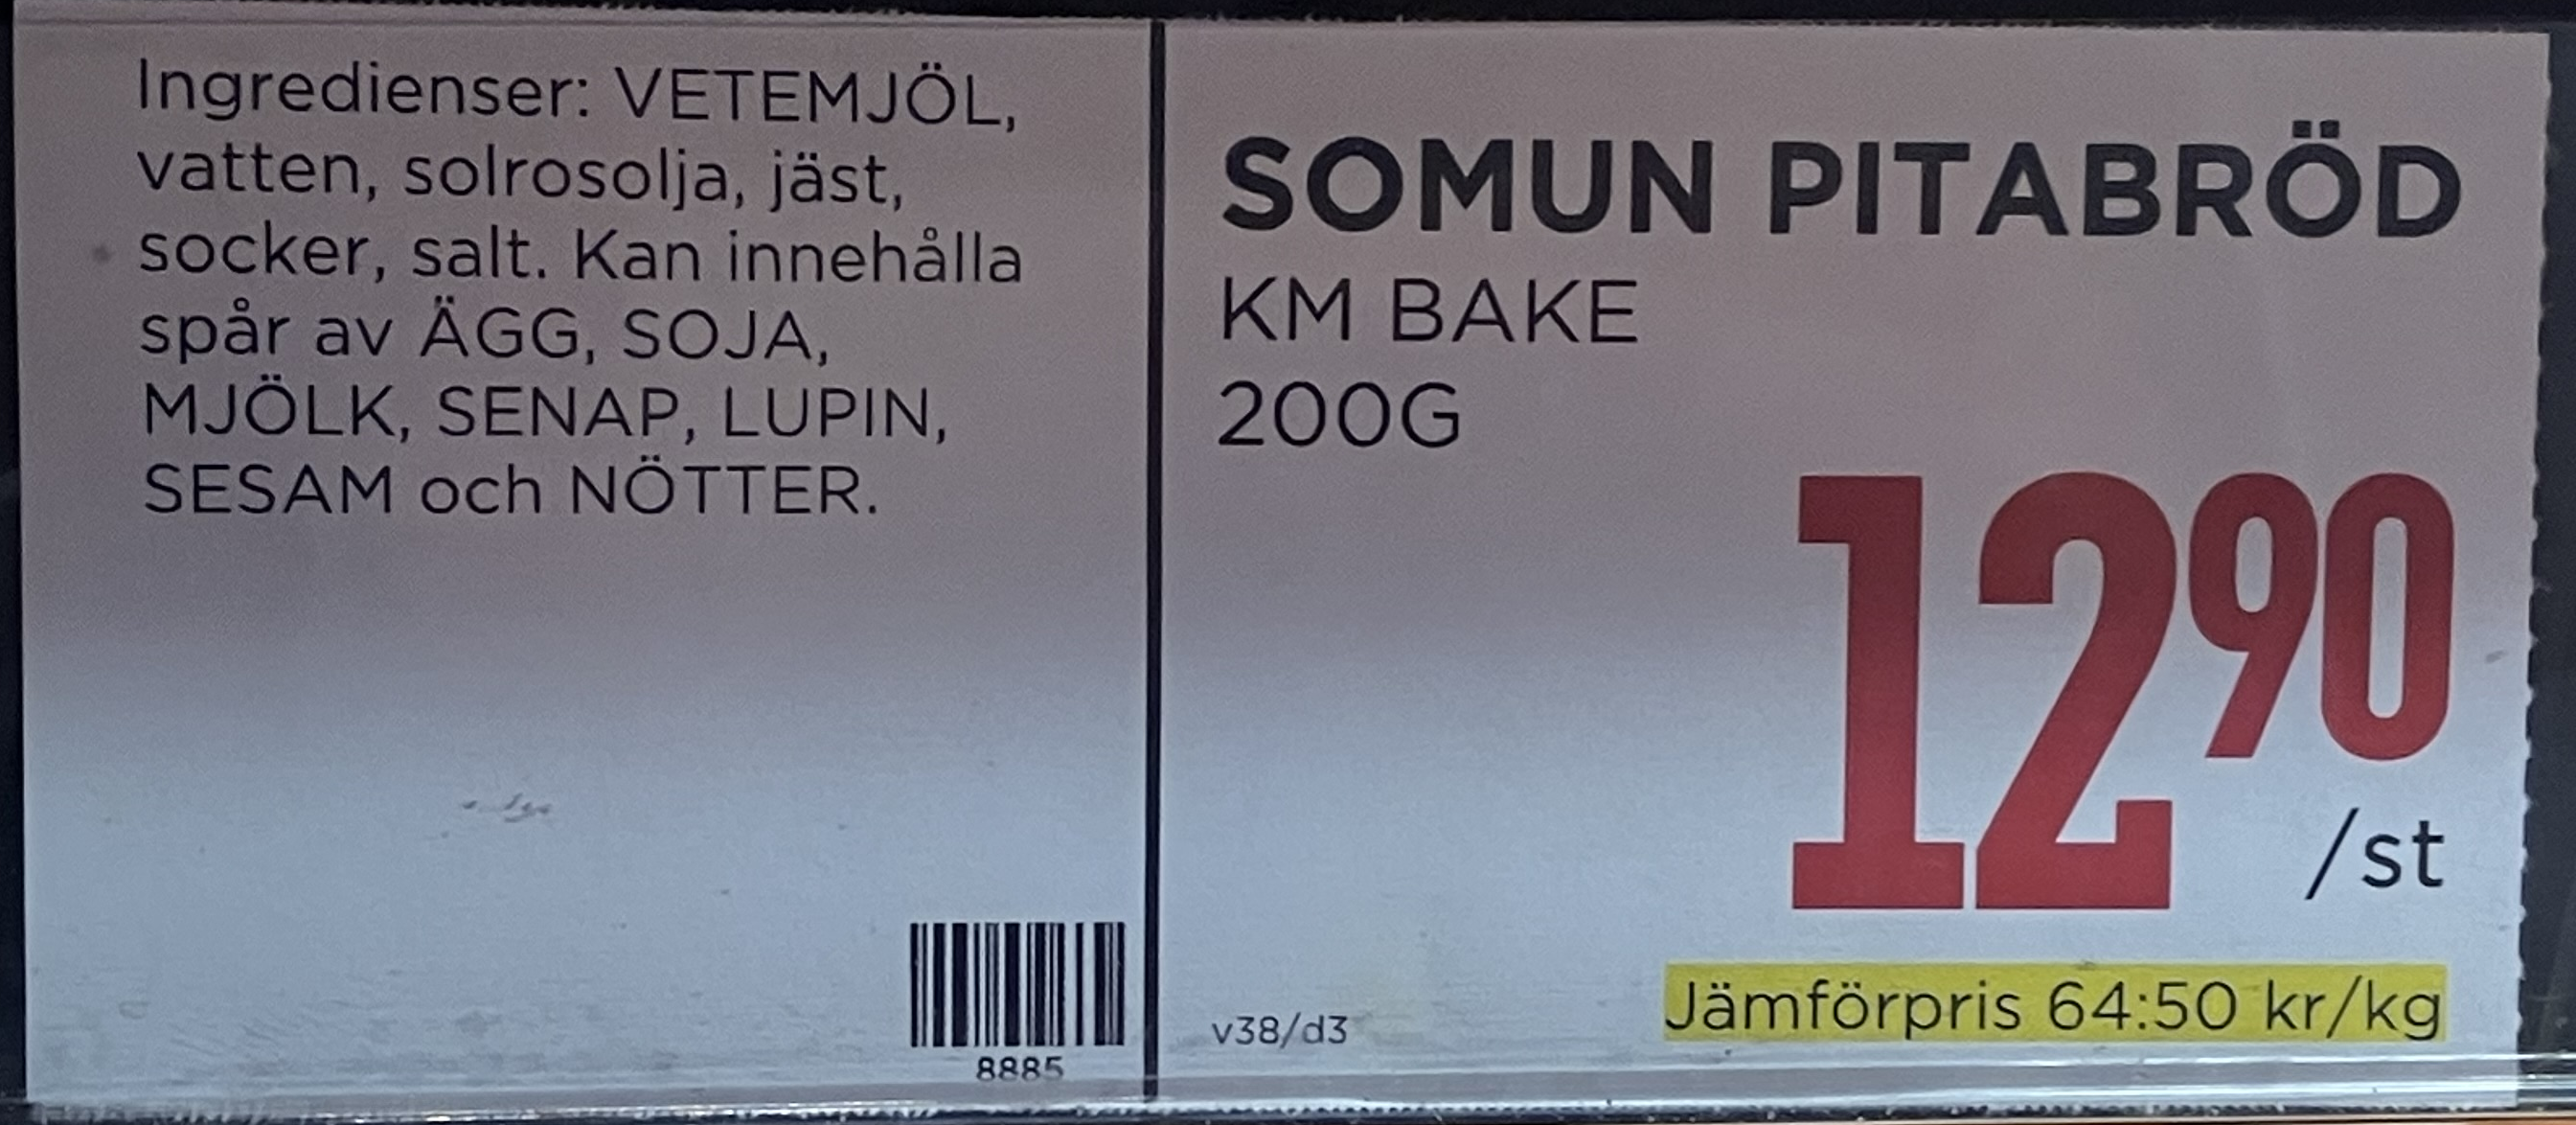
Vara: Somun Pitabröd
Genomsnittspris: 64.5 per kg